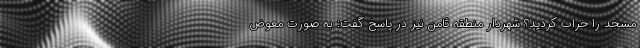
مسجد را خراب کردید؟ شهردار منطقه ثامن نیز در پاسخ گفت: به صورت معوض